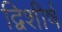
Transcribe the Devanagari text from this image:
द्विशीर्ष